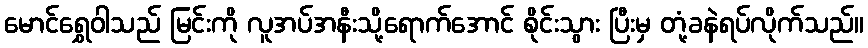
မောင်ရွှေဝါသည် မြင်းကို လူအပ်အနီးသို့ရောက်အောင် စိုင်းသွား ပြီးမှ တုံ့ခနဲရပ်လိုက်သည်။